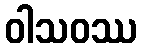
ဝါသဝဿ